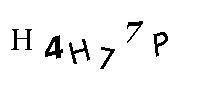
H4H77P